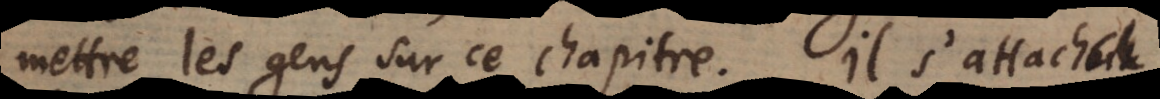
mettre les gens sur ce chapitre. Il s’attacha